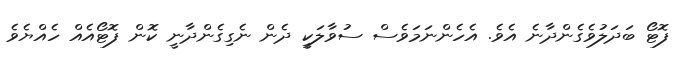
ފޮޓޯ ބަދަލުވެގެންދާނެ އެވެ. އެހެންނަމަވެސް ސުވާލަކީ ދެން ނެގިގެންދާނީ ކޮން ފޮޓޯއެއް ހެއްޔެވެ